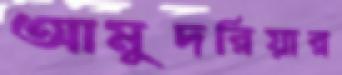
আমুদরিয়ার